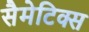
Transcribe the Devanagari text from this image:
सैमेटिक्स